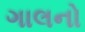
ગાલનો